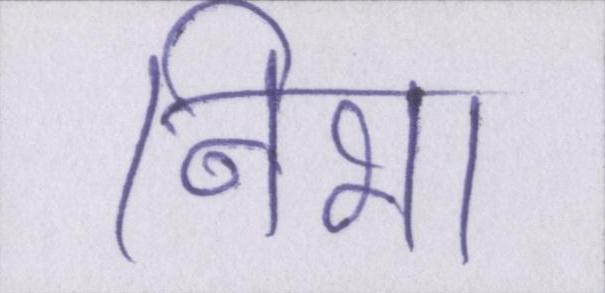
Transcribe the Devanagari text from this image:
निभा